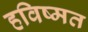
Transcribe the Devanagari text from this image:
हविष्मत